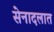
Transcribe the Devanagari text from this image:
सेनादलात